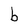
Character: b